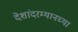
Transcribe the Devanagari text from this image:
देशांदरम्यानच्या